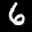
Label: 6